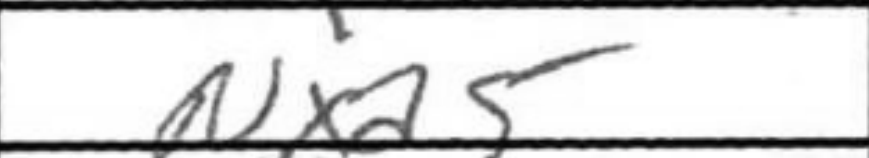
Transcription: Nxa5